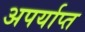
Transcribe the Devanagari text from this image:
अपर्याप्‍त